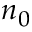
n _ { 0 }